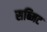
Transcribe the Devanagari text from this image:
सब्मिट